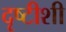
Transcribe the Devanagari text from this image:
दृष्टीशी